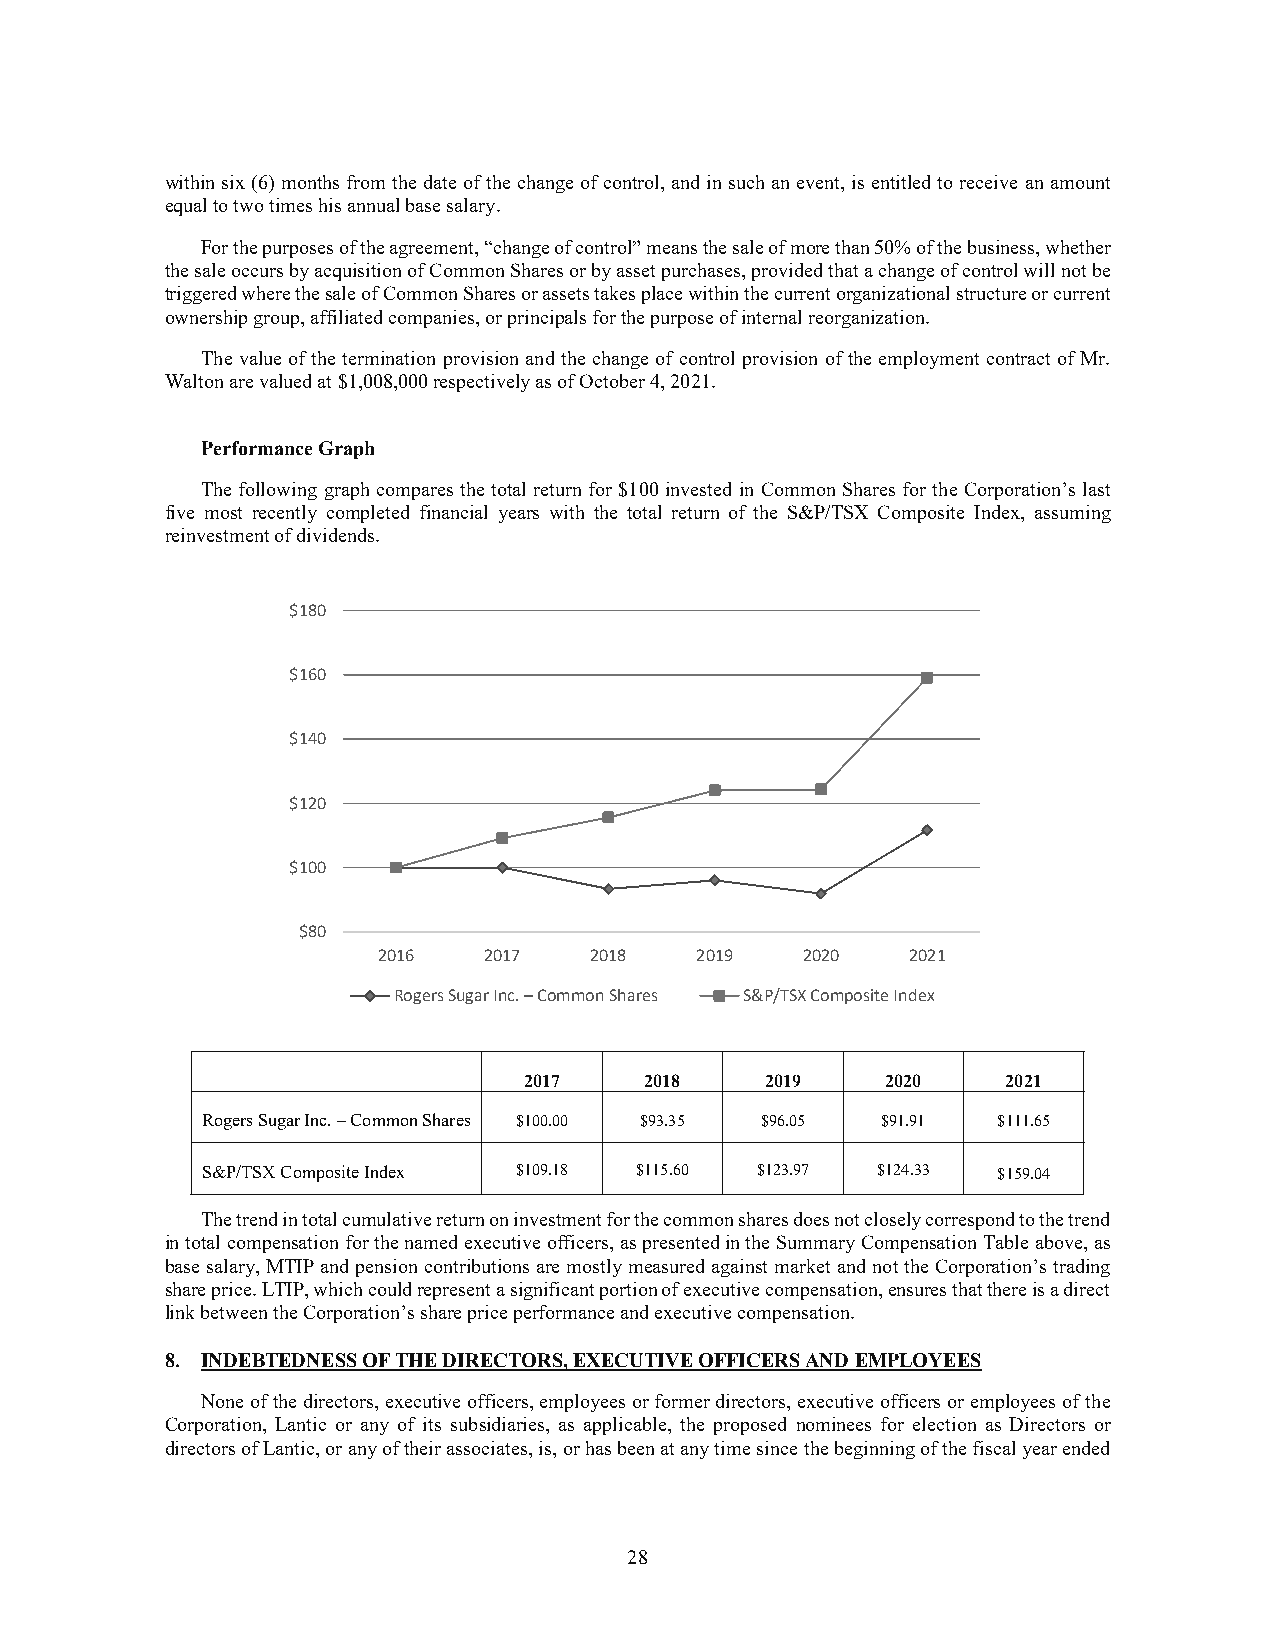
within six (6) months from the date of the change of control, and in such an event, is entitled to receive an amount
 equal to two times his annual base salary.
 For the purposes of the agreement, “change of control” means the sale of more than 50% of the business, whether
 the sale occurs by acquisition of Common Shares or by asset purchases, provided that a change of control will not be
 triggered where the sale of Common Shares or assets takes place within the current organizational structure or current
 ownership group, affiliated companies, or principals for the purpose of internal reorganization.
 The value of the termination provision and the change of control provision of the employment contract of Mr.
 Walton are valued at $1,008,000 respectively as of October 4, 2021.
 Performance Graph
 The following graph compares the total return for $100 invested in Common Shares for the Corporation’s last
 five most recently completed financial years with the total return of the S&P/TSX Composite Index, assuming
 reinvestment of dividends.
 $180
 $160
 $140
 $120
 $100
 $80
 2016   2017   2018   2019   2020   2021
 Rogers Sugar Inc. –Common Shares S&P/TSX Composite Index
 2017    2018    2019    2020    2021
 Rogers Sugar Inc. – Common Shares $100.00 $93.35 $96.05 $91.91 $111.65
 S&P/TSX Composite Index $109.18 $115.60 $123.97 $124.33 $159.04
 The trend in total cumulative return on investment for the common shares does not closely correspond to the trend
 in total compensation for the named executive officers, as presented in the Summary Compensation Table above, as
 base salary, MTIP and pension contributions are mostly measured against market and not the Corporation’s trading
 share price. LTIP, which could represent a significant portion of executive compensation, ensures that there is a direct
 link between the Corporation’s share price performance and executive compensation.
 8. INDEBTEDNESS OF THE DIRECTORS, EXECUTIVE OFFICERS AND EMPLOYEES
 None of the directors, executive officers, employees or former directors, executive officers or employees of the
 Corporation, Lantic or any of its subsidiaries, as applicable, the proposed nominees for election as Directors or
 directors of Lantic, or any of their associates, is, or has been at any time since the beginning of the fiscal year ended
 28